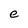
Character: e